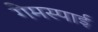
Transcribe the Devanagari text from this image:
गेमस्पाई